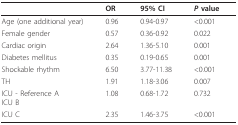
<table><thead><tr><td></td><td><b>OR</b></td><td><b>95% CI</b></td><td><b><i>P </i>value</b></td></tr></thead><tbody><tr><td>Age (one additional year)</td><td>0.96</td><td>0.94-0.97</td><td>&lt;0.001</td></tr><tr><td>Female gender</td><td>0.57</td><td>0.36-0.92</td><td>0.022</td></tr><tr><td>Cardiac origin</td><td>2.64</td><td>1.36-5.10</td><td>0.001</td></tr><tr><td>Diabetes mellitus</td><td>0.35</td><td>0.19-0.65</td><td>0.001</td></tr><tr><td>Shockable rhythm</td><td>6.50</td><td>3.77-11.38</td><td>&lt;0.001</td></tr><tr><td>TH</td><td>1.91</td><td>1.18-3.06</td><td>0.007</td></tr><tr><td>ICU - Reference AICU B</td><td>1.08</td><td>0.68-1.72</td><td>0.732</td></tr><tr><td>ICU C</td><td>2.35</td><td>1.46-3.75</td><td>&lt;0.001</td></tr></tbody></table>